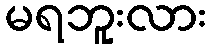
မရဘူးလား